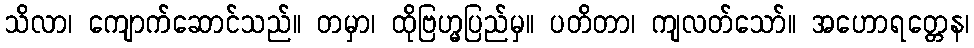
သိလာ၊ ကျောက်ဆောင်သည်။ တမှာ၊ ထိုဗြဟ္မပြည်မှ။ ပတိတာ၊ ကျလတ်သော်။ အဟောရတ္တေန၊